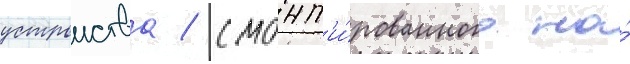
устроиства / смонт'и́рованного на́